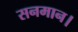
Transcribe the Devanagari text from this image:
सनमान।